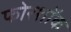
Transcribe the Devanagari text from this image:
फोरशॉक